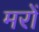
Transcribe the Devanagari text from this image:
मरों